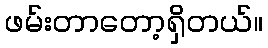
ဖမ်းတာတော့ရှိတယ်။